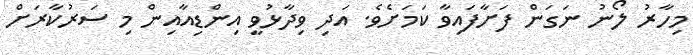
މިހާރު ލޯނު ނަގަން ފަށާފައިވާ ކަމަށެވެ. އަދި ވިދާޅުވީ އިންޑިއާއިން މި ސަރުކާރަށް